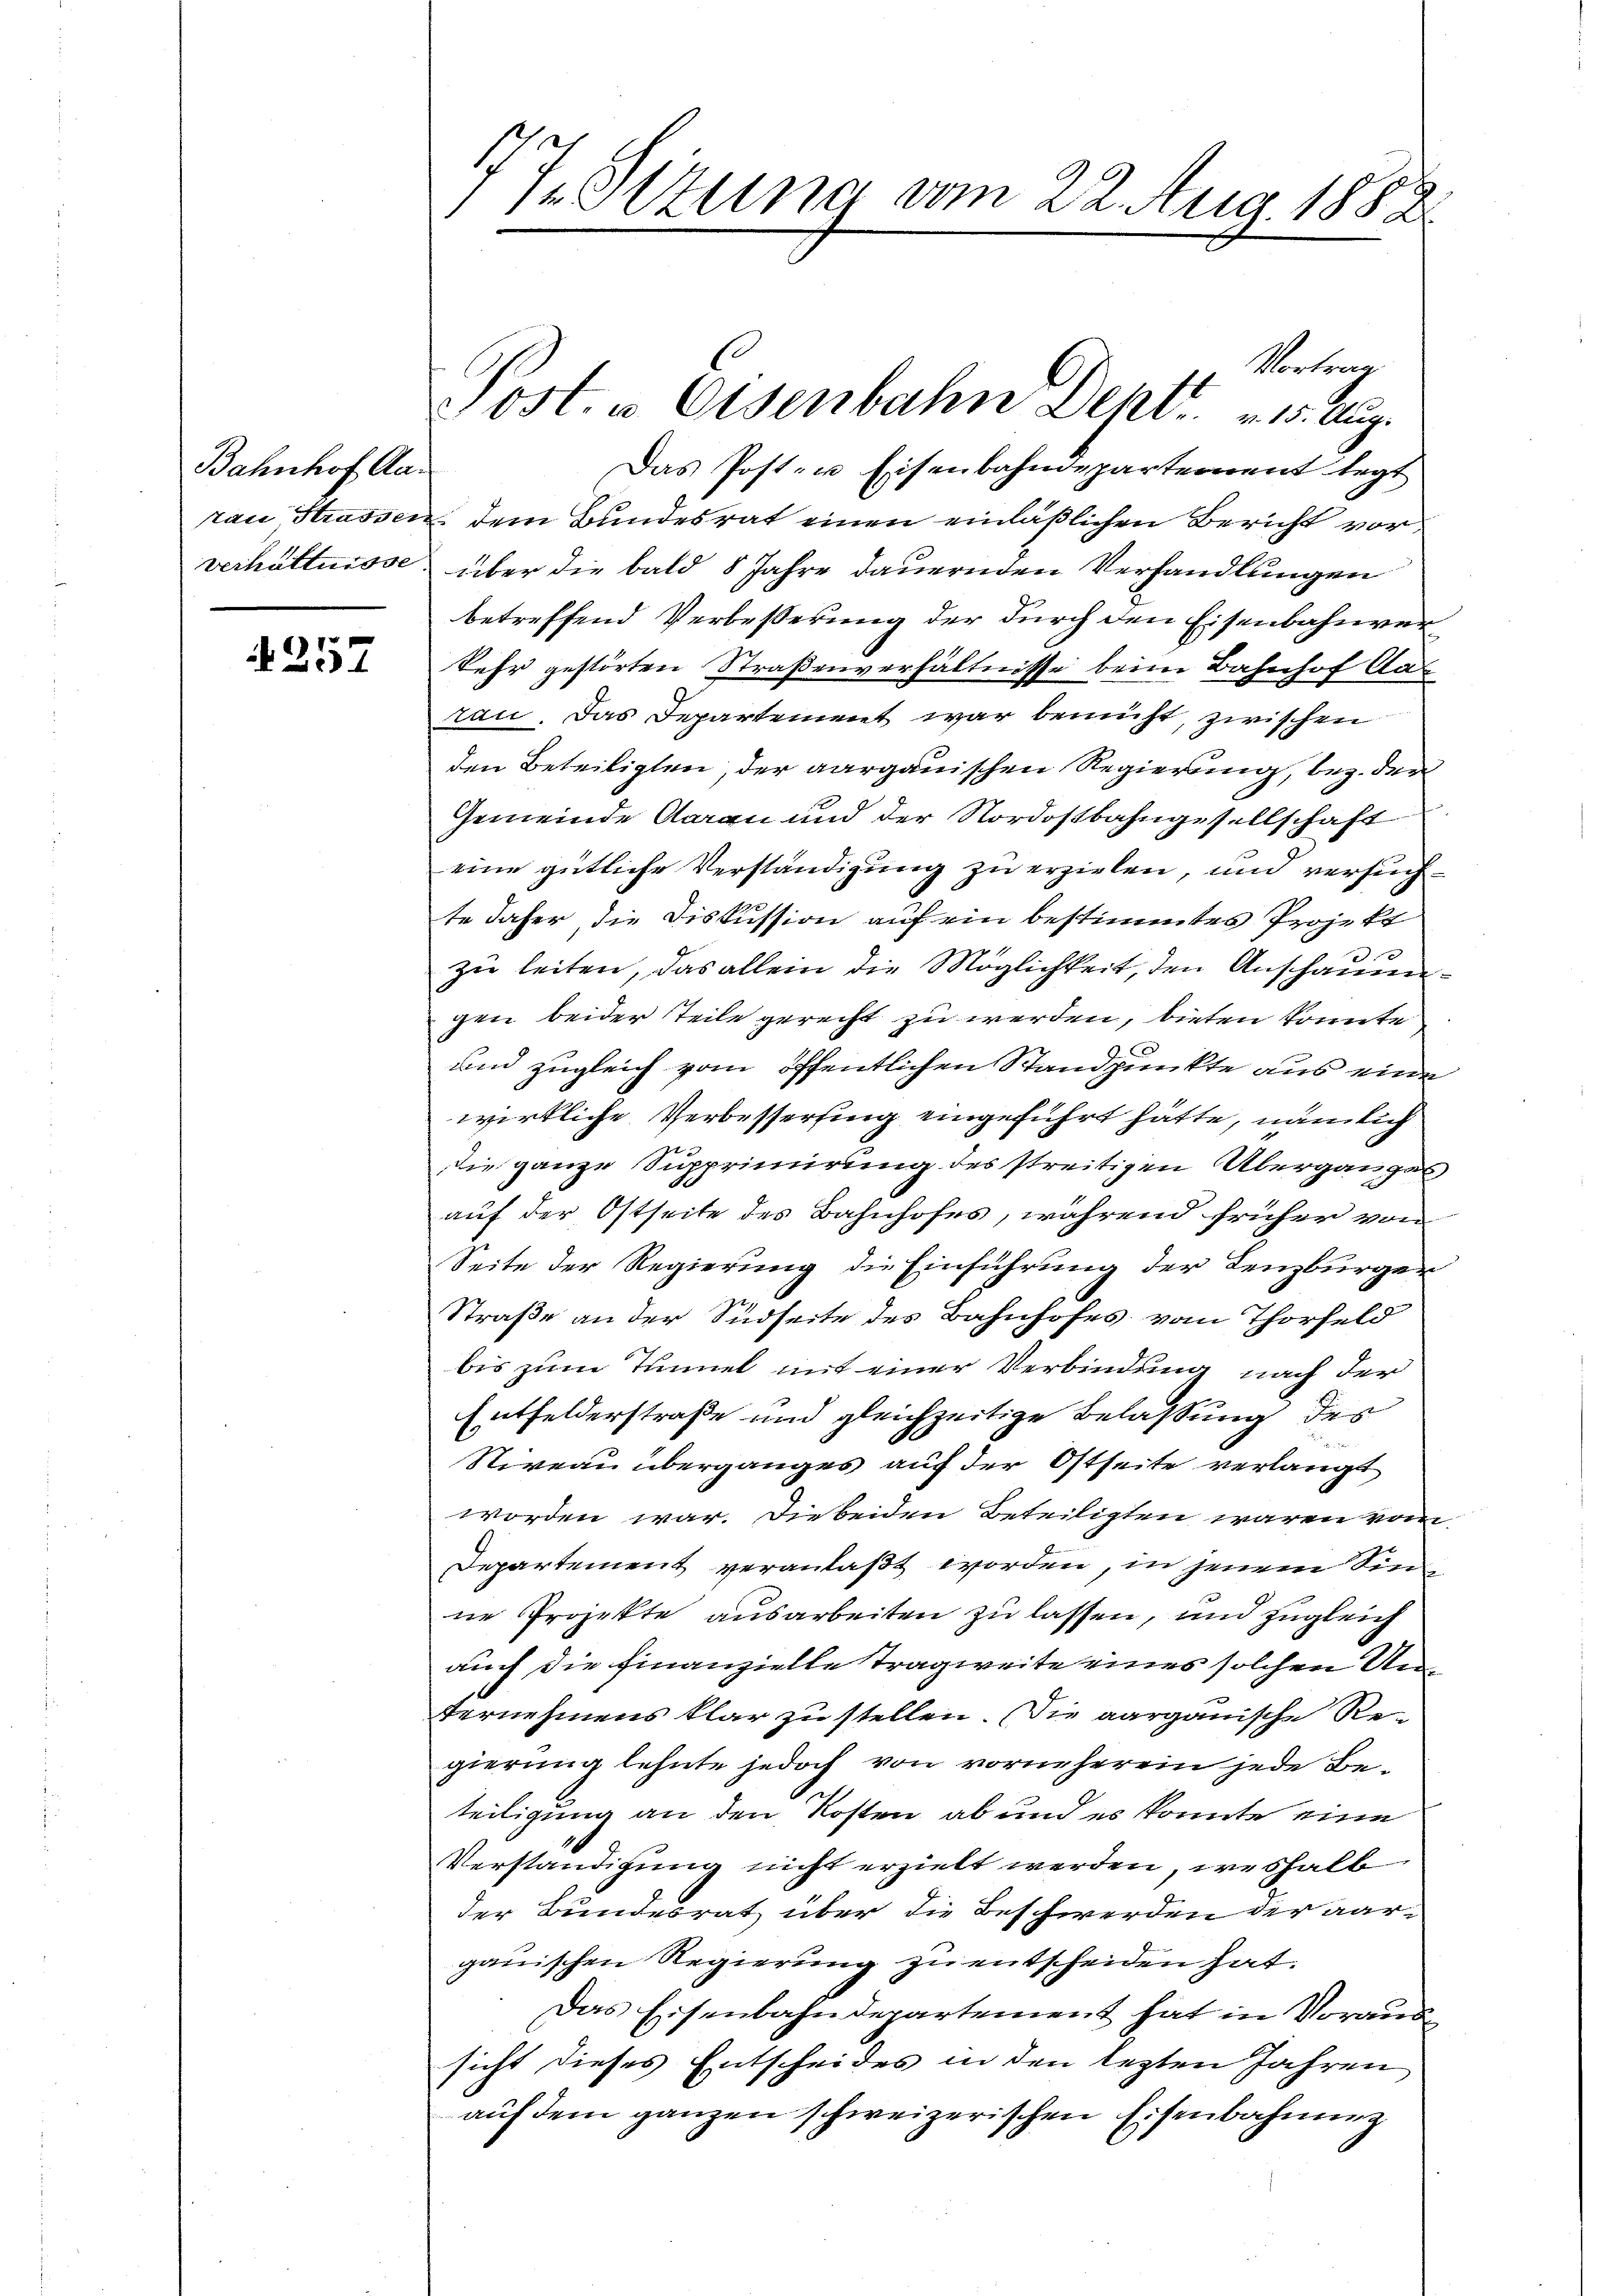
Bahnhof Aa¬

257

Vortrag
Das Post- u Eisenbahndepartement legt
rau Strassen dem Bundesrat einen einläßlichen Bericht vorverhältnisse über die bald 8 Jahre dauernden Verhandlungen
betreffend Verbesserung der durch den Eisenbahnverkehr gestörten Straßenverhältnisse beim Bahnhof Car
rau. Das Departement war bemüht, zwischen
den Beteiligten, der aargauischen Regierung, bez. der
Gemeinde Aarau und der Nordostbahngesellschaft
eine gütliche Verständigung zu erzielen, und versuchte daher die Diskussion auf ein bestimmtes Projekt
zu leiten, das allein die Möglichkeit, den Anschauengen beider Teile gerecht zu werden, bieten konnte
und zugleich von öffentlichen Standpunkte aus eine
wirkliche Verbessersing eingeführt hätte, nämlich
Die ganze Supprimirung des streitigen Überganges
auf der Ostseite des Bahnhofes, während früher von
Seite der Regierung die Einführung der Lenzburger
Straße an der Südseite des Bahnhofes vom Thorfeld
bis zum Tunnel mit einer Verbindung nach der
Entfelderstraße und gleichzeitige Belassung des
Niveau überganges auf der Ostseite verlangt
worden war. Die beiden Beteiligten waren vom
Departement veranlaßt worden, in jenem Sin
ne Projekte ausarbeiten zu lassen, und zugleich
auch die Finanzielle Tragweite eines solchen Unternehmens klar zu stellen. Die aargauische Re-
gierung lehnte jedoch von vorneherein jede Beteiligung an den Kosten ab und es konnte eine
Verständigung nicht erzielt werden, weshalb
der Bundesrat über die Beschwerden der aargauischen Regierung zu entscheiden hat.
Das Eisenbahndepartement hat in Voraus
sicht dieses Entscheides in den lezten Jahren
aŭf dem ganzen schweizerischen Eisenbahnung

7 Sizung vom 22. Aug. 1882.

.
Post. u. Eisenbahn Dept. 15. Aug.